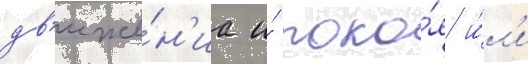
дв'иже́н'иа и́ поко́я и́л'и